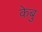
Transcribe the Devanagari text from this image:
केबु